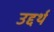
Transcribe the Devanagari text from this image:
उद्दर्थ